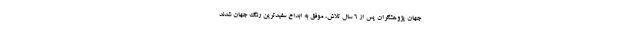
جهان پژوهشگران پس از ۶ سال تلاش، موفق به ابداع سفیدترین رنگ جهان شدند